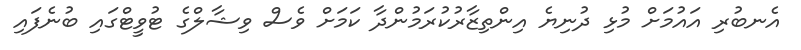
އެނބުރި އައުމަށް މުޅި ދުނިޔެ އިންތިޒާރުކުރަމުންދާ ކަމަށް ވެސް ވިޝާލްގެ ޓުވީޓްގައި ބުނެފައި